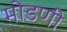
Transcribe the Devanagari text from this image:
मोडणी